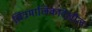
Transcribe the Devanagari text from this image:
चित्रमालिकादेखील